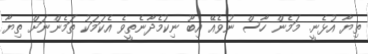
ތިޔާ އުޅެނީ. މަމެން ހާސް ނުވެއޭ އިބޫ ނިކުމެދާނެތީވެ އެކަމަކު ތަމެންނަށް ތިޔާ